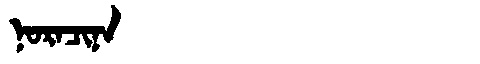
Manchu: ᠨᠣᡵᠠᠴᡳᠨᠠ
Romanization: NORACINA